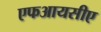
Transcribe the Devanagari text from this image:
एफआयसीए